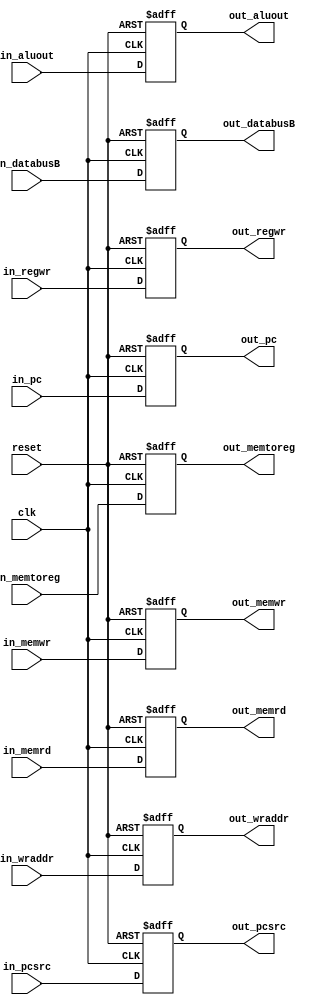
`timescale 1ns / 1ps

module EX2MEM(reset, clk,
    in_aluout, in_databusB, in_pc, in_memrd, in_memwr, in_memtoreg, in_regwr, in_wraddr, in_pcsrc,
    out_aluout, out_databusB, out_pc, out_memrd, out_memwr, out_memtoreg, out_regwr, out_wraddr, out_pcsrc
    );
    input reset, clk;
    input [31:0] in_aluout;
    input in_regwr;
    input in_memwr;
    input in_memrd;
    input [1:0] in_memtoreg;
    input [31:0] in_databusB;
    input [31:0] in_pc;
    input [4:0] in_wraddr;
    input [2:0] in_pcsrc;
    
    output reg [31:0] out_aluout;
    output reg out_regwr;
    output reg out_memwr;
    output reg out_memrd;
    output reg [1:0] out_memtoreg;
    output reg [31:0] out_databusB;
    output reg [31:0] out_pc;
    output reg [4:0] out_wraddr;
    output reg [2:0] out_pcsrc;
    
    always @(posedge clk or negedge reset)
    begin
        if(~reset)
        begin
            out_aluout <= 0;
            out_regwr <= 0;
            out_memwr <= 0;
            out_memrd <= 0;
            out_memtoreg <= 0;
            out_databusB <= 0;
            out_pc <= 32'h80000000;
            out_wraddr <= 0;
            out_pcsrc <= 0;
        end
        else
        begin
            out_aluout <= in_aluout;
            out_regwr <= in_regwr;
            out_memwr <= in_memwr;
            out_memrd <= in_memrd;
            out_memtoreg <= in_memtoreg;
            out_databusB <= in_databusB;
            out_pc <= in_pc;
            out_wraddr <= in_wraddr;
            out_pcsrc <= in_pcsrc;
        end
    end
endmodule